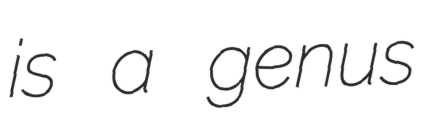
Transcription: is a genus